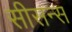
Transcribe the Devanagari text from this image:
सीसन्स